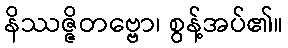
နိဿဇ္ဇိတဗ္ဗော၊ စွန့်အပ်၏။